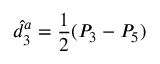
\hat { d } _ { 3 } ^ { a } = \frac { 1 } { 2 } ( P _ { 3 } - P _ { 5 } )